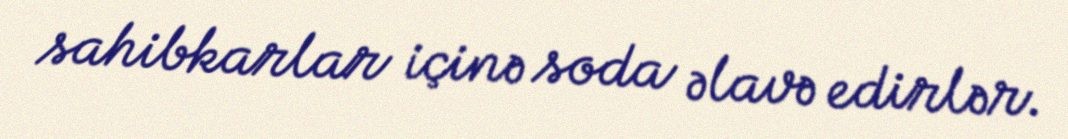
sahibkarlar içinə soda əlavə edirlər.